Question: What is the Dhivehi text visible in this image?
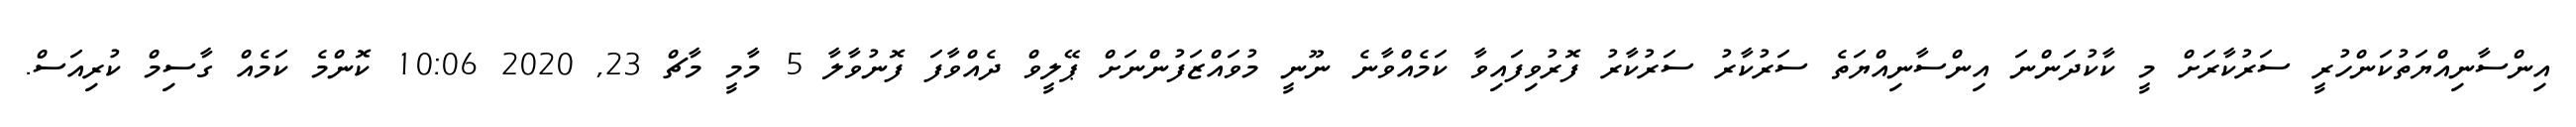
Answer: އިންސާނިއްޔަތުކަންހުރީ ސަރުކާރަށް މީ ކާކުދަންނަ އިންސާނިއްޔަތެ ސަރުކާރު ސަރުކާރު ފޮރުވިފައިވާ ކަމެއްވާނެ ނޫނީ މުވައްޒަފުންނަށް ޕޭލީވް ދެއްވާފަ ފޮނުވާލާ 5 މާމީ މާޗް 23, 2020 10:06 ކޮންމެ ކަމެއް ގާސިމް ކުރިއަސް.